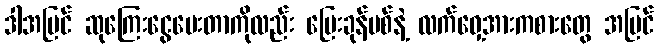
ဒါအပြင် ဆုကြေးငွေပေးတာကိုလည်း ပြေးခုန်ပစ်နဲ့ လက်ဝှေ့အားကစားတွေ အပြင်